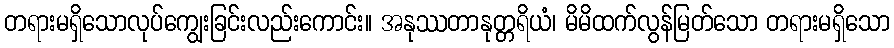
တရားမရှိသောလုပ်ကျွေးခြင်းလည်းကောင်း။ အနုဿတာနုတ္တရိယံ၊ မိမိထက်လွန်မြတ်သော တရားမရှိသော